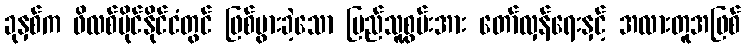
ခုနှစ်က ဖိလစ်ပိုင်နိုင်ငံတွင် ဖြစ်ပွားခဲ့သော ပြည်သူ့စွမ်းအား တော်လှန်ရေးနှင့် အလားတူအဖြစ်